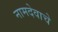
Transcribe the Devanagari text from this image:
नामदेवाचे